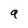
Character: 9